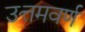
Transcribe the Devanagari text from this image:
उत्तमवर्ण